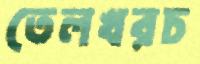
তেলখরচ